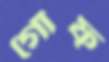
গোঁফ্